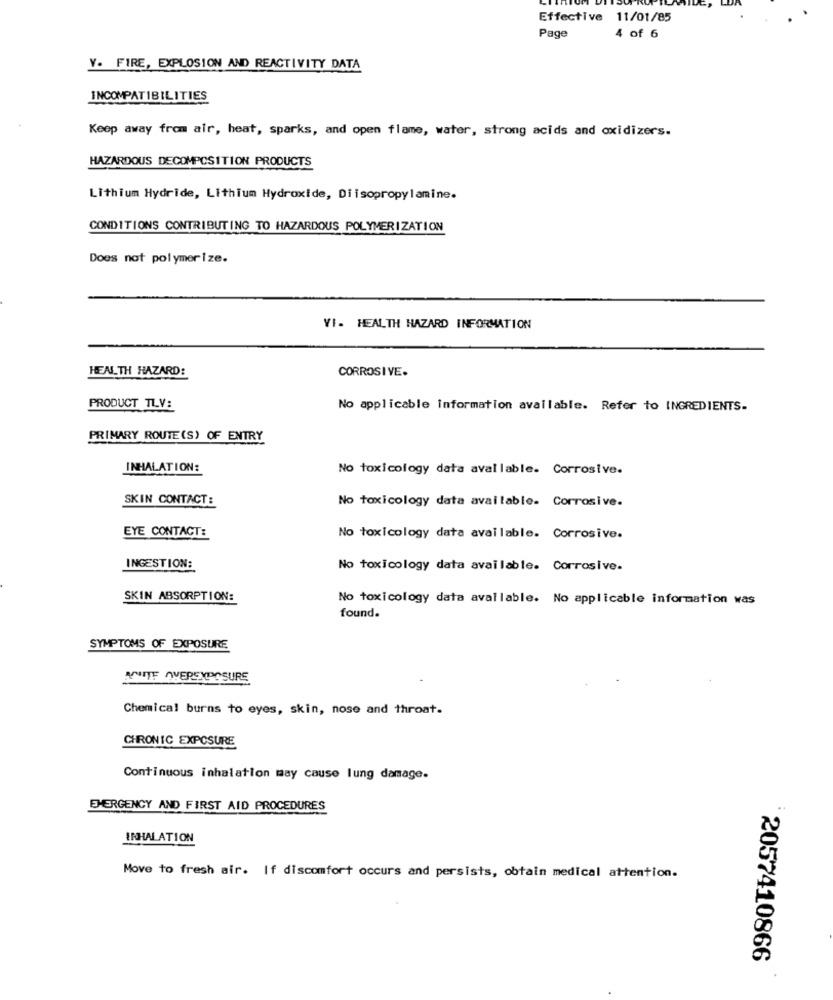
Effective 11/01/85
Page
4 of 6
Y. FIRE, EXPLOSION AND REACTIVITY DATA
INCOMPATIBILITIES
Keep away from air, heat, sparks, and open flame, water, strong acids and oxidizers.
HAZARDOUS DECOMPOSITION PRODUCTS
Lithium Hydride, Lithium Hydroxide, Diisopropylamine.
CONDITIONS CONTRIBUTING TO HAZARDOUS POLYMERIZATION
Does not polymerlze.
VI- HEALTH HAZARD INFORMATION
HEALTH HAZARD:
CORROSIVE.
PRODUCT TLV:
No applicable information available. Refer to INGREDIENTS.
PRIMARY ROUTE (S) OF ENTRY
INHALATION:
No toxicology data available. Corrosive.
SKIN CONTACT :
No toxicology data available. Corrosive.
EYE CONTACT:
No toxicology data available. Corrosive.
INGESTION:
No toxicology data available. Corrosive.
SKIN ABSORPTION:
No toxicology data available. No applicable information was
found.
SYMPTOMS OF EXPOSURE
ANITE OVEREXPOSURE
Chemical burns to eyes, skin, nose and throat.
CHRONIC EXPOSURE
Continuous inhalation may cause lung damage.
EMERGENCY AND FIRST AID PROCEDURES
INHALATION
Move to fresh air. If discomfort occurs and persists, obtain medical attention.
2057410866